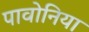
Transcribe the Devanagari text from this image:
पावोनिया